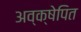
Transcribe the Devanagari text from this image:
अव्क्षेपित